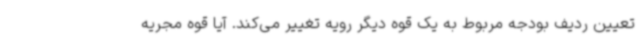
تعیین ردیف بودجه مربوط به یک قوه دیگر رویه تغییر می‌کند. آیا قوه مجریه